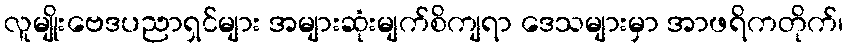
လူမျိုးဗေဒပညာရှင်များ အများဆုံးမျက်စိကျရာ ဒေသများမှာ အာဖရိကတိုက်၊